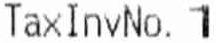
TAXINVNO. 1